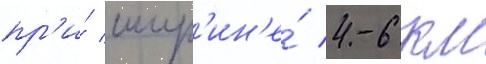
пр'и́ шир'ин'е́ 4-6 км